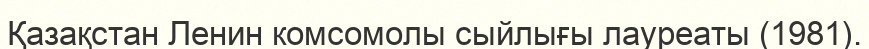
Қазақстан Ленин комсомолы сыйлығы лауреаты (1981).